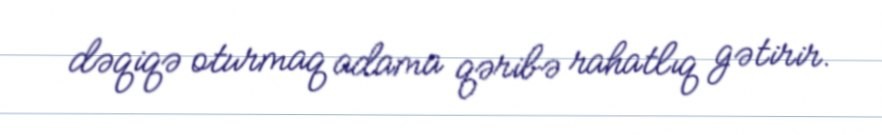
dəqiqə oturmaq adama qəribə rahatlıq gətirir.